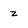
Character: z